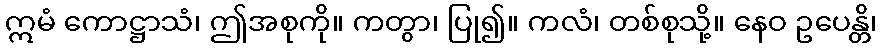
ဣမံ ကောဋ္ဌာသံ၊ ဤအစုကို။ ကတွာ၊ ပြု၍။ ကလံ၊ တစ်စုသို့။ နေဝ ဥပေန္တိ၊